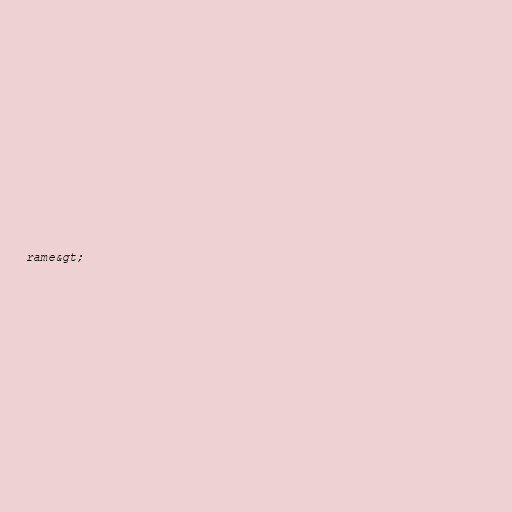
rame&gt;